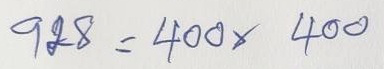
928 = 400 x 400